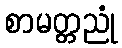
စာမတ္တညုံ